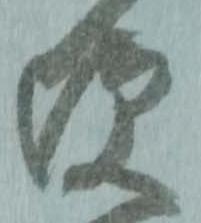
便